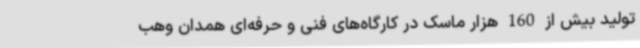
تولید بیش از 160 هزار ماسک در کارگاه‌های فنی و حرفه‌ای همدان وهب